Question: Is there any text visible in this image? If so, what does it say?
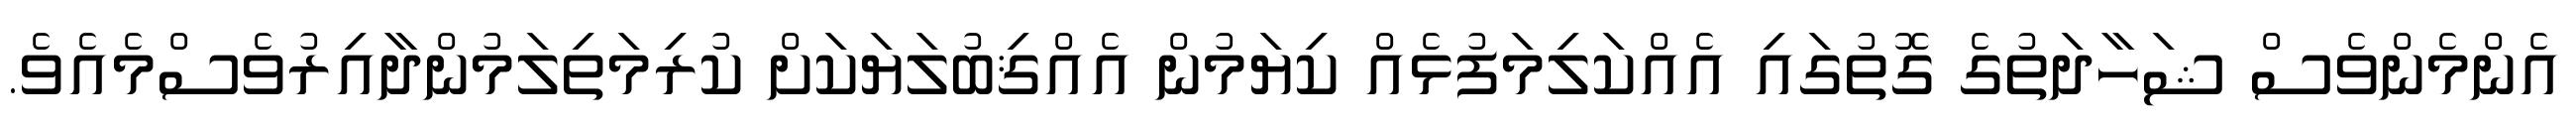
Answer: އެންމެންވެސް ޝަހާދަތުގެ ގޮތުގައި އެއްކަލިމަފުޅެއް ކިޔަމުން އެއްޤިބުލަޔަކަށް ކުރިމަތިލަމުންދާއިރުވެސްމެއެވެ.